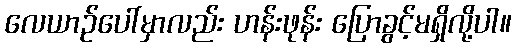
လေယာဉ်ပေါ်မှာလည်း ဟန်းဖုန်း ပြောခွင့်မရှိလို့ပါ။